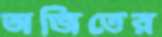
অজিতের